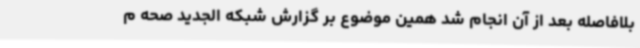
بلافاصله بعد از آن انجام شد همین موضوع بر گزارش شبکه الجدید صحه م